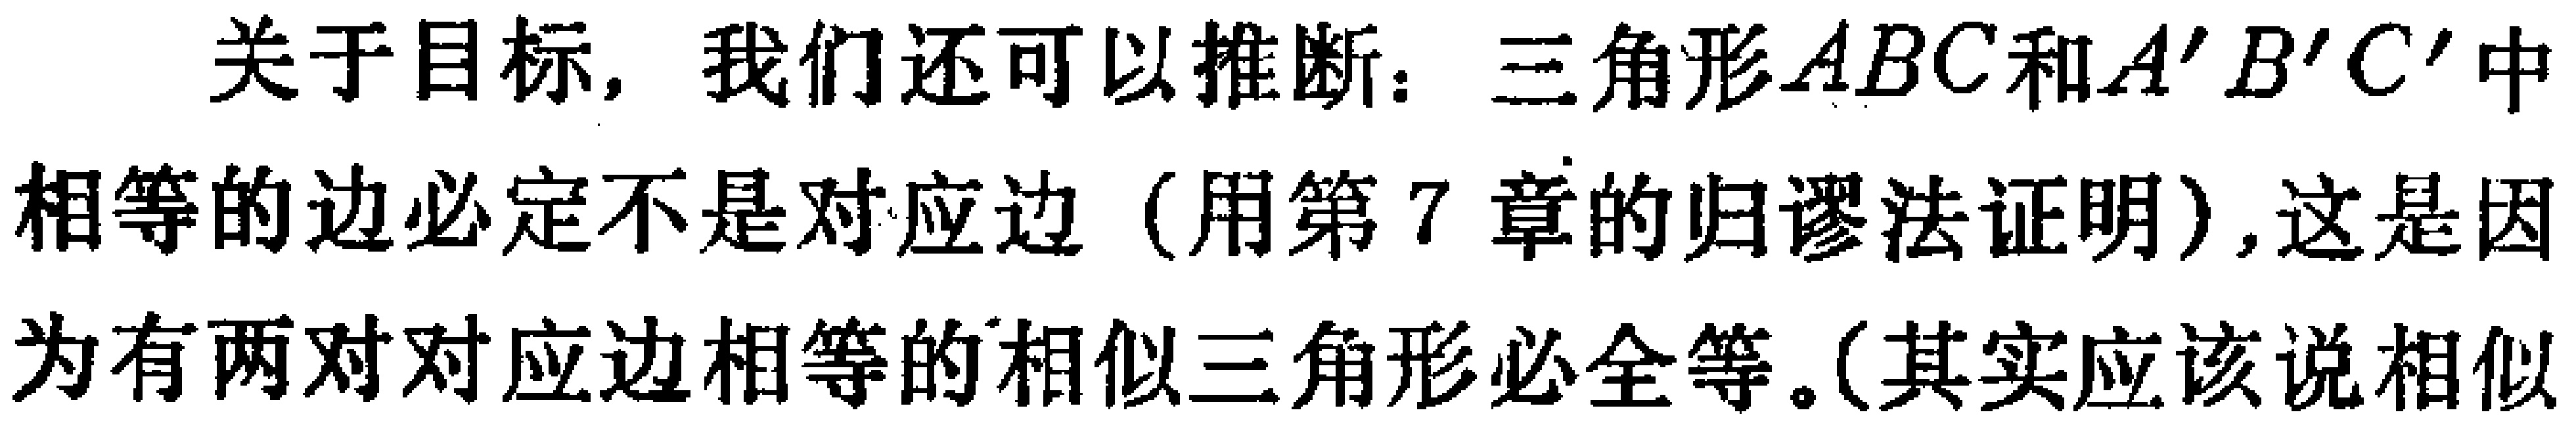
关于目标, 我们还可以推断：三角形\(ABC\)和\(A'B'C'\)中相等的边必定不是对应边（用第7章的归谬法证明）, 这是因为有两对对应边相等的相似三角形必全等。(其实应该说相似